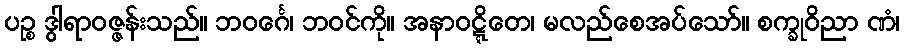
ပဉ္စ ဒွါရာဝဇ္ဇန်းသည်။ ဘဝင်္ဂေ၊ ဘဝင်ကို။ အနာဝဋ္ဋိတေ၊ မလည်စေအပ်သော်။ စက္ခုဝိညာ ဏံ၊